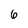
Character: 6